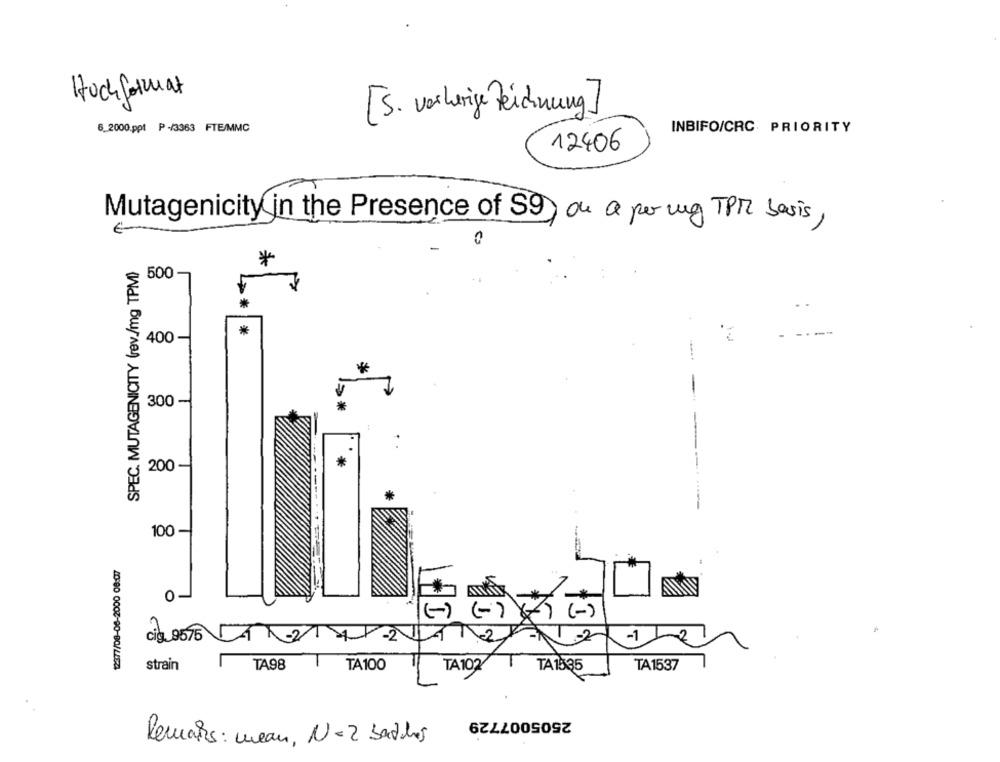
Hoch format
[S. vorherige Zeichnung]
6_2000.ppt P -/3363 FTE/MMC
INBIFO/CRC PRIORITY
12406
Mutagenicity in the Presence of S9 ou a perug TPM basis,
SPEC. MUTAGENICITY (rev./mg TPM)
e 500
*
400 -
-
300 -
200
-
100
0
cig_9076
214
-2
-1 1-27
strain
TA98
TA100
TA102
T
TA1535
TA1537
2505007729
Remars: mean, N=2 batches